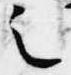
之